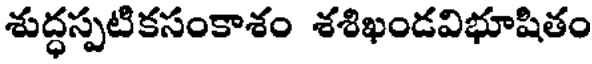
శుద్ధస్పటికసంకాశం శశిఖండవిభూషితం